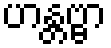
ဟန္တဗ္ဗာ